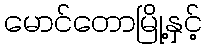
မောင်တောမြို့နှင့်